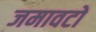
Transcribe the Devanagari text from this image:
जमावटों